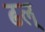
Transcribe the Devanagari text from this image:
ढल्